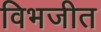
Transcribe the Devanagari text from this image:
विभजीत